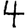
Digit: 4